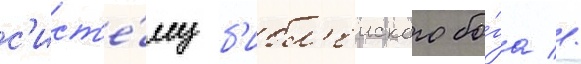
с'ист'е́му б'ибл'еиского бо́га //